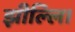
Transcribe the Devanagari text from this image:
झील्‍लि।